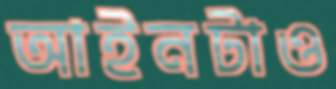
আইনটাও